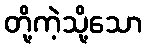
တို့ကဲ့သို့သော